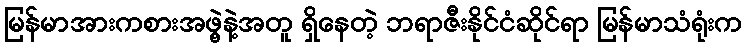
မြန်မာအားကစားအဖွဲ့နဲ့အတူ ရှိနေတဲ့ ဘရာဇီးနိုင်ငံဆိုင်ရာ မြန်မာသံရုံးက